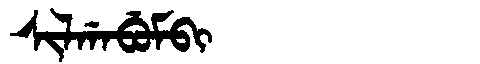
Manchu: ᠰᡳᠯᡤᠠᠪᡠᠮᠪᡳ
Romanization: SILGABUMBI